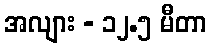
အလျား - ၁၂.၅ မီတာ